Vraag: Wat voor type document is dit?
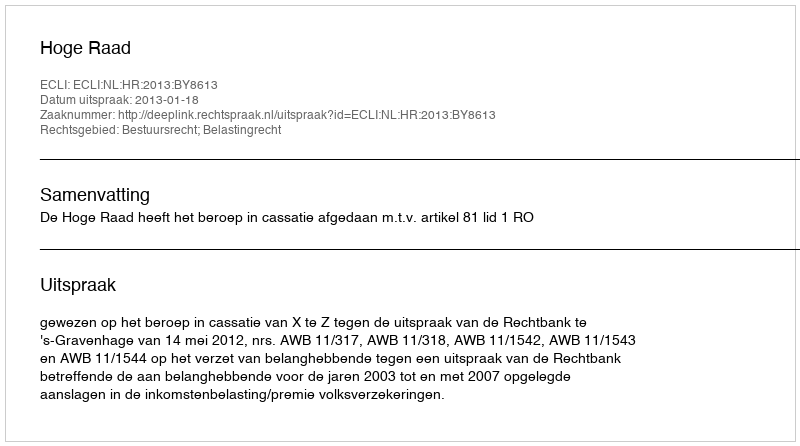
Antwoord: Uitspraak